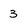
Character: 3